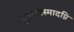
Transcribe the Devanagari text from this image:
पुनरन्यस्मादग्नि